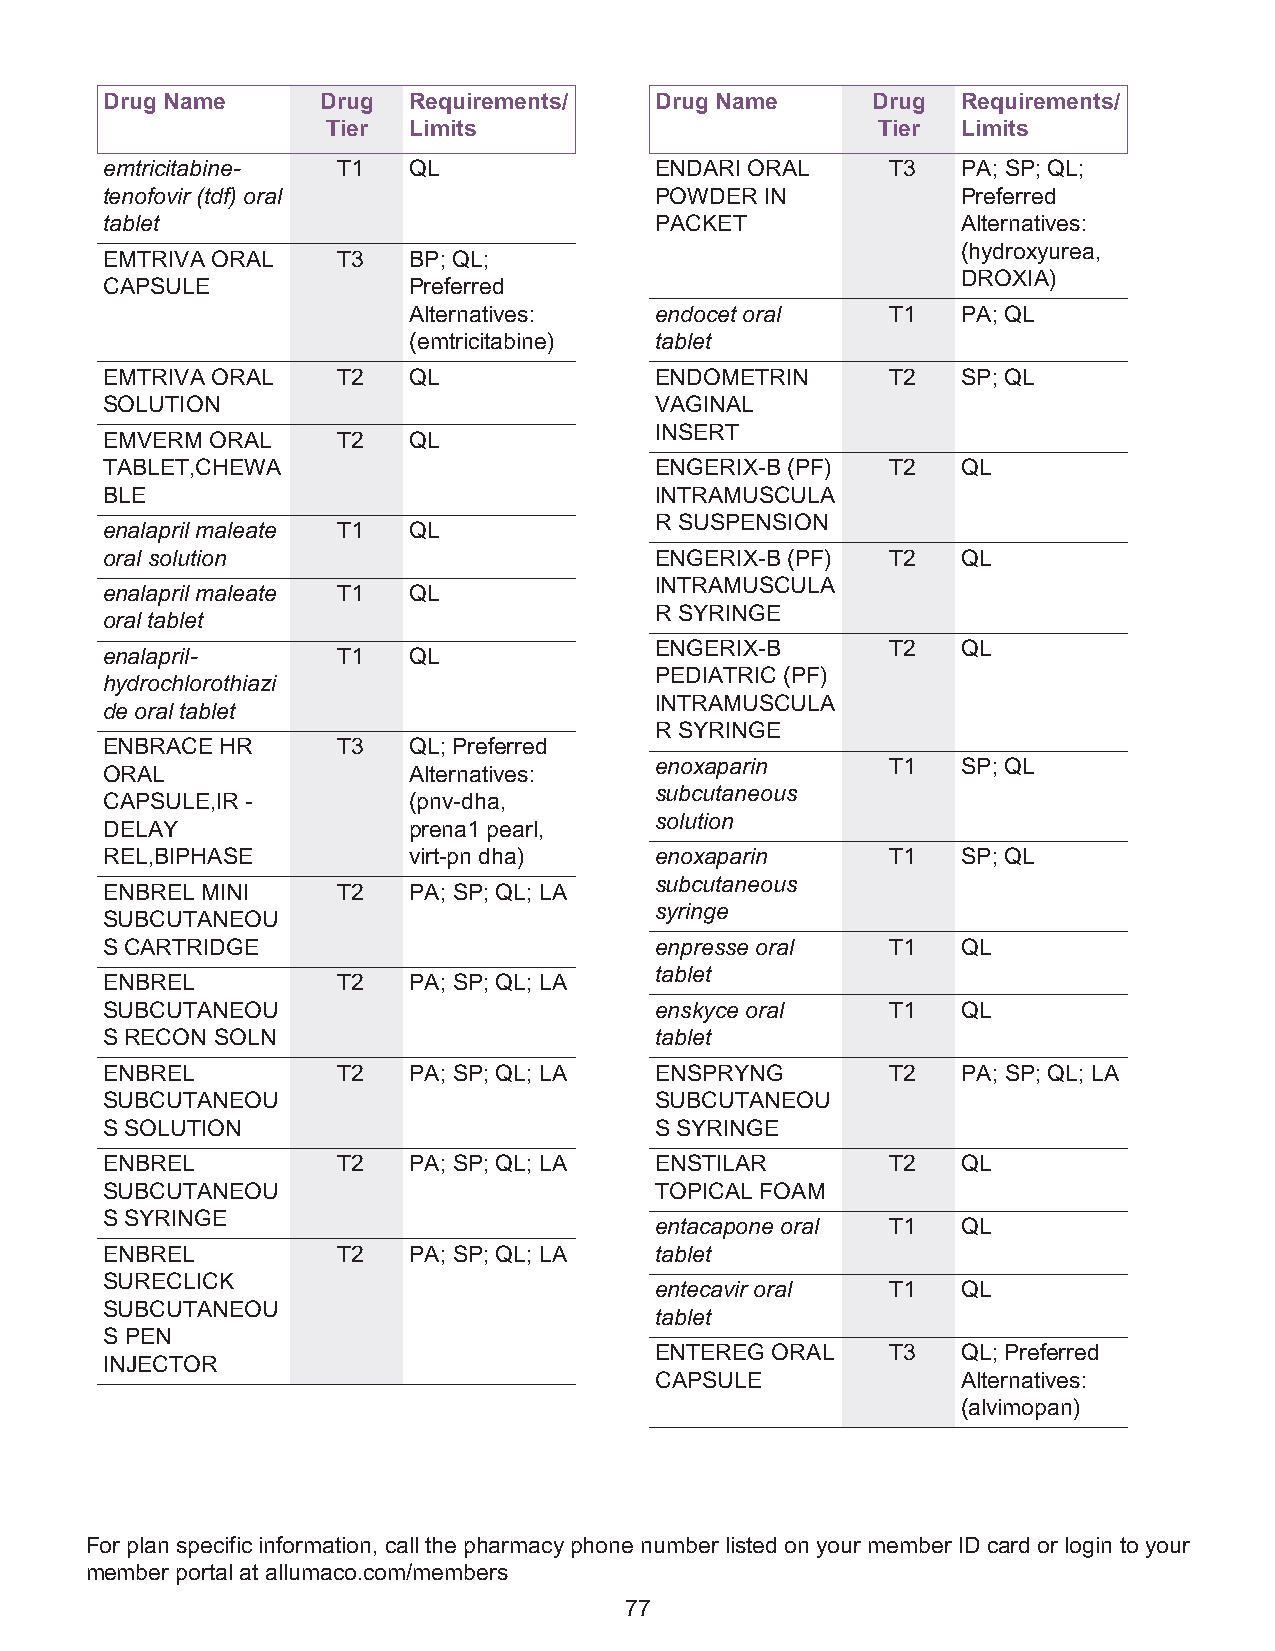
Drug Name     Drug  Requirements/   Drug Name      Drug  Requirements/
 Tier Limits                         Tier  Limits
 emtricitabine- T1   QL              ENDARI ORAL     T3   PA; SP; QL;
 tenofovir (tdf) oral                POWDER  IN           Preferred
 tablet                              PACKET               Alternatives:
 (hydroxyurea,
 EMTRIVA ORAL   T3   BP; QL;
 DROXIA)
 CAPSULE             Preferred
 Alternatives:   endocet oral    T1   PA; QL
 (emtricitabine) tablet
 EMTRIVA ORAL   T2   QL              ENDOMETRIN      T2   SP; QL
 SOLUTION                            VAGINAL
 INSERT
 EMVERM ORAL    T2   QL
 TABLET,CHEWA                        ENGERIX-B (PF)  T2   QL
 BLE                                 INTRAMUSCULA
 R SUSPENSION
 enalapril maleate T1 QL
 oral solution                       ENGERIX-B (PF)  T2   QL
 INTRAMUSCULA
 enalapril maleate T1 QL
 R SYRINGE
 oral tablet
 ENGERIX-B       T2   QL
 enalapril-     T1   QL
 PEDIATRIC (PF)
 hydrochlorothiazi
 INTRAMUSCULA
 de oral tablet
 R SYRINGE
 ENBRACE HR     T3   QL; Preferred
 enoxaparin      T1   SP; QL
 ORAL                Alternatives:
 subcutaneous
 CAPSULE,IR -        (pnv-dha,
 solution
 DELAY               prena1 pearl,
 REL,BIPHASE         virt-pn dha)    enoxaparin      T1   SP; QL
 subcutaneous
 ENBREL MINI    T2   PA; SP; QL; LA
 syringe
 SUBCUTANEOU
 S CARTRIDGE                         enpresse oral   T1   QL
 tablet
 ENBREL         T2   PA; SP; QL; LA
 SUBCUTANEOU                         enskyce oral    T1   QL
 S RECON SOLN                        tablet
 ENBREL         T2   PA; SP; QL; LA  ENSPRYNG        T2   PA; SP; QL; LA
 SUBCUTANEOU                         SUBCUTANEOU
 S SOLUTION                          S SYRINGE
 ENBREL         T2   PA; SP; QL; LA  ENSTILAR        T2   QL
 SUBCUTANEOU                         TOPICAL FOAM
 S SYRINGE
 entacapone oral T1   QL
 ENBREL         T2   PA; SP; QL; LA  tablet
 SURECLICK
 entecavir oral  T1   QL
 SUBCUTANEOU
 tablet
 S PEN
 ENTEREG ORAL    T3   QL; Preferred
 INJECTOR
 CAPSULE              Alternatives:
 (alvimopan)
 For plan specific information, call the pharmacy phone number listed on your member ID card or login to your
 member portal at allumaco.com/members
 77